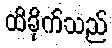
ထိခိုက်သည်